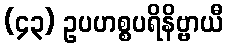
(၄၃) ဥပဟစ္စပရိနိဗ္ဗာယီ